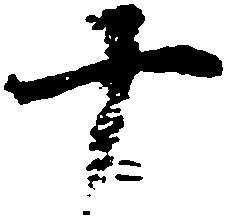
十